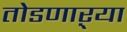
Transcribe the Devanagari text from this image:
तोडणाऱ्या